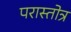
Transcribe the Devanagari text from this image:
परास्तोत्र